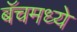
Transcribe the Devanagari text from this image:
बॅचमध्ये